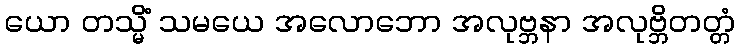
ယော တသ္မိံ သမယေ အလောဘော အလုဗ္ဘနာ အလုဗ္ဘိတတ္တံ